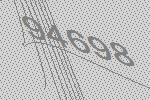
94698